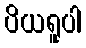
ပိယရူပါ